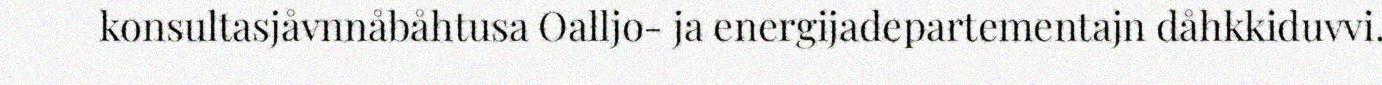
konsultasjåvnnåbåhtusa Oalljo- ja energijadepartementajn dåhkkiduvvi.